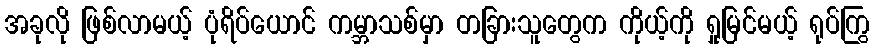
အခုလို ဖြစ်လာမယ့် ပုံရိပ်ယောင် ကမ္ဘာသစ်မှာ တခြားသူတွေက ကိုယ့်ကို ရှုမြင်မယ့် ရုပ်ကြွ